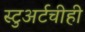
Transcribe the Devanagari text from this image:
स्टुअर्टचीही